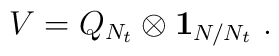
V=Q_{N_t} \otimes {\bf 1}_{N/N_t}~.